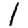
Digit: 1